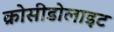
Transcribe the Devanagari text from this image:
क्रोसीडोलाइट